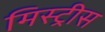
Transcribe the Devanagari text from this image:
मिस्ट्रीस